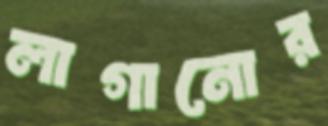
লাগানোর